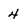
Character: 4